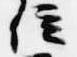
位